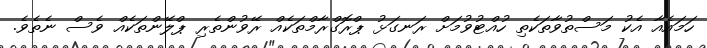
ހަމައެއާ އެކު މަސްތުވާތަކެތި ހުއްޓުވުމަށް ރަނގަޅު ޕްރޮގްރާމްތަކެއް ރޭވުންތެރި ޕްލޭންތަކެއް ވެސް ނެތެވެ.